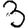
Digit: 3